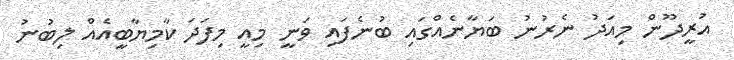
އުރީދޫން މިއަދު ނެރުނު ބަޔާނެއްގައި ބުނެފައި ވަނީ މިއީ މިފަދަ ކާމިޔާބީއެއް ލިބުނު